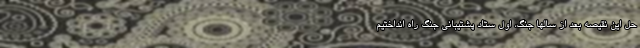
حل این نقیصه بعد از سالها جنگ، اول ستاد پشتیبانی جنگ راه انداختیم